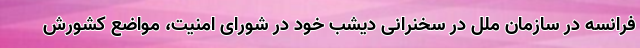
فرانسه در سازمان ملل در سخنرانی دیشب خود در شورای امنیت، مواضع کشورش